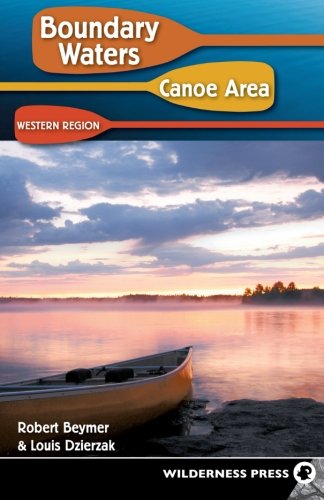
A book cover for Boundary Waters Canoe Area: Western Region; Robert Beymer; Sports & Outdoors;